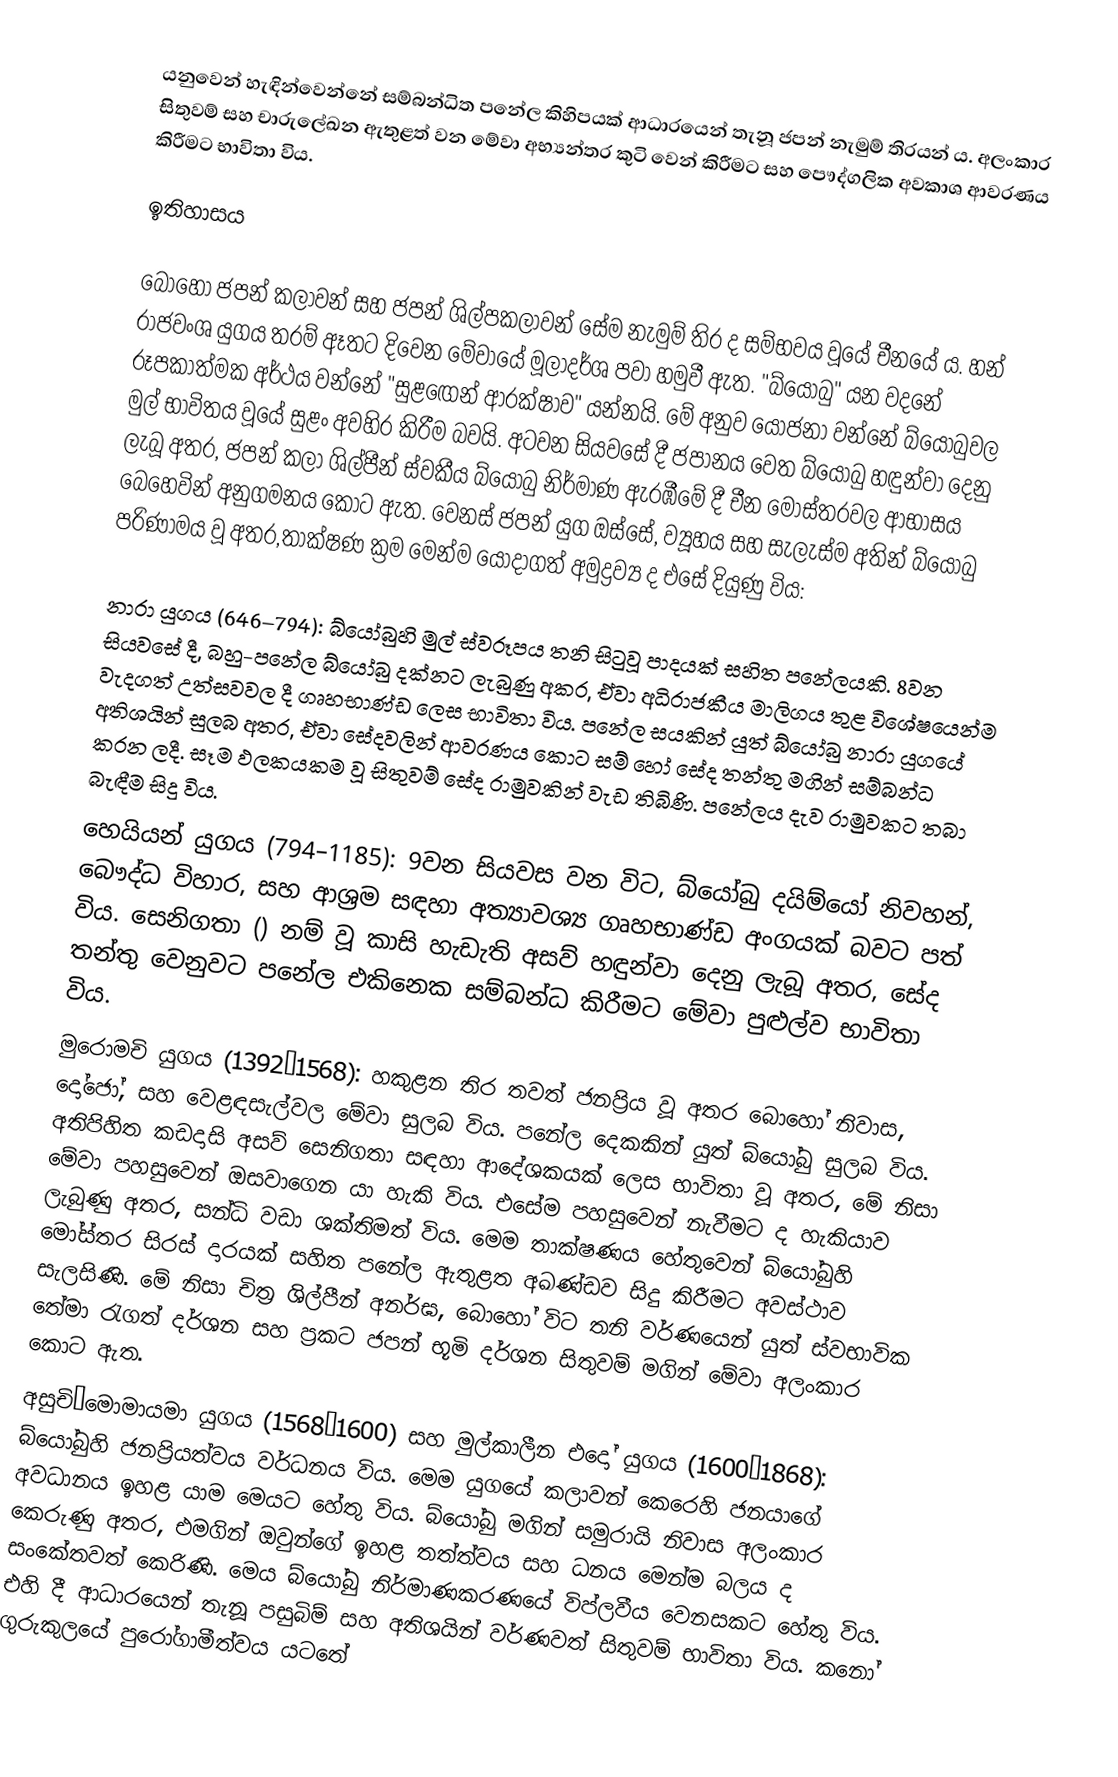
යනුවෙන් හැඳින්වෙන්නේ සම්බන්ධිත පනේල කිහිපයක් ආධාරයෙන් තැනූ ජපන් නැමුම් තිරයන් ය. අලංකාර සිතුවම් සහ චාරුලේඛන ඇතුළත් වන මේවා අභ්‍යන්තර කුටි වෙන් කිරීමට සහ පෞද්ගලික අවකාශ ආවරණය කිරීමට භාවිතා විය.

ඉතිහාසය

බොහෝ ජපන් කලාවන් සහ ජපන් ශිල්පකලාවන් සේම නැමුම් තිර ද සම්භවය වූයේ චීනයේ ය. හන් රාජවංශ යුගය තරම් ඈතට දිවෙන මේවායේ මූලාදර්ශ පවා හමුවී ඇත. "බ්යෝබු" යන වදනේ රූපකාත්මක අර්ථය වන්නේ "සුළ‍ඟෙන් ආරක්ෂාව" යන්නයි. මේ අනුව යෝජනා වන්නේ බ්යෝබුවල මුල් භාවිතය වූයේ සුළං අවහිර කිරීම බවයි. අටවන සියවසේ දී ජපානය වෙත බ්යෝබු හඳුන්වා දෙනු ලැබූ අතර, ජපන් කලා ශිල්පීන් ස්වකීය බ්යෝබු නිර්මාණ ඇරඹීමේ දී චීන මෝස්තරවල ආභාසය බෙහෙවින් අනුගමනය කොට ඇත. වෙනස් ජපන් යුග ඔස්සේ, ව්‍යූහය සහ සැලැස්ම අතින් බ්යෝබු පරිණාමය වූ අතර,තාක්ෂණ ක්‍රම මෙන්ම යොදාගත් අමුද්‍රව්‍ය ද එසේ දියුණු විය:

නාරා යුගය (646–794): බ්යෝබුහි මුල් ස්වරූපය තනි සිටුවූ පාදයක් සහිත පනේලයකි. 8වන සියවසේ දී, බහු-පනේල බ්යෝබු දක්නට ලැබුණු අකර, ඒවා අධිරාජකීය මාලිගය තුළ විශේෂයෙන්ම වැදගත් උත්සවවල දී ගෘහභාණ්ඩ ලෙස භාවිතා විය. පනේල සයකින් යුත් ‍බ්යෝබු නාරා යුගයේ අතිශයින් සුලබ අතර, ඒවා සේදවලින් ආවරණය කොට සම් හෝ සේද තන්තු මගින් සම්බන්ධ කරන ලදී. සෑම ඵලකයකම වූ සිතුවම් සේද රාමුවකින් වැඩ තිබිණි. පනේලය දැව රාමුවකට තබා බැඳීම සිදු විය.
හෙයියන් යුගය (794–1185): 9වන සියවස වන විට, බ්යෝබු දයිම්යෝ නිවහන්, බෞද්ධ විහාර, සහ ආශ්‍රම සඳහා අත්‍යාවශ්‍ය ගෘහභාණ්ඩ අංගයක් බවට පත් විය. සෙනිගතා () නම් වූ කාසි හැඩැති අසව් හඳුන්වා දෙනු ලැබූ අතර, සේද තන්තු වෙනුවට පනේල එකිනෙක සම්බන්ධ කිරීමට මේවා පුළුල්ව භාවිතා විය.
මුරොමචි යුගය (1392–1568): හකුළන තිර තවත් ජනප්‍රිය වූ අතර බොහෝ නිවාස, දෝජෝ, සහ වෙළඳසැල්වල මේවා සුලබ විය. පනේල දෙකකින් යුත් බ්යෝබු සුලබ විය. අතිපිහිත කඩදාසි අසව් සෙනිගතා සඳහා ආදේශකයක් ලෙස භාවිතා වූ අතර, මේ නිසා මේවා පහසුවෙන් ඔසවාගෙන යා හැකි විය. එසේම පහසුවෙන් නැවීමට ද හැකියාව ලැබුණු අතර, සන්ධි වඩා ශක්තිමත් විය. මෙම තාක්ෂණය හේතුවෙන් බ්යෝබුහි මෝස්තර සිරස් දාරයක් සහිත පනේල ඇතුළත අඛණ්ඩව සිදු කිරීමට අවස්ථාව සැලසිණි.  මේ නිසා චිත්‍ර ශිල්පීන් අනර්ඝ, බොහෝ විට තනි වර්ණයෙන් යුත් ස්වභාවික තේමා රැගත් දර්ශන සහ ප්‍රකට ජපන් භූමි දර්ශන සිතුවම් මගින් මේවා අලංකාර කොට ඇත.
අසුචි–මොමායමා යුගය (1568–1600) සහ මුල්කාලීන එදෝ යුගය (1600–1868): බ්යෝබුහි ජනප්‍රියත්වය වර්ධනය විය. මෙම යුගයේ කලාවන් කෙරෙහි ජනයාගේ අවධානය ඉහළ යාම මෙයට හේතු විය. බ්යෝබු මගින් සමුරායි නිවාස අලංකාර කෙරුණු අතර, එමගින් ඔවුන්ගේ ඉහළ තත්ත්වය සහ ධනය මෙන්ම බලය ද සංකේතවත් කෙරිණි. මෙය බ්යෝබු නිර්මාණකරණයේ විප්ලවීය වෙනසකට හේතු විය. එහි දී  ආධාරයෙන් තැනූ පසුබිම් සහ අතිශයින් වර්ණවත් සිතුවම් භාවිතා විය. කනෝ ගුරුකුලයේ පුරෝගාමීත්වය යටතේ